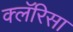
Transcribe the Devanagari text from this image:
क्लॅरिसा